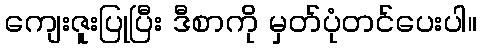
ကျေးဇူးပြုပြီး ဒီစာကို မှတ်ပုံတင်ပေးပါ။